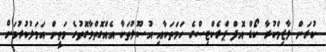
ކުރަން ލާޒިމްކުރާ ކޯޑް އޮފް ޕްރެކްޓިސްގެ ހަމަތަކާއި އުސޫލުތަކާ އެއްގޮތްވާގޮތުގެ މަތީން އަމަލުކުރުމަށް